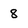
Character: 8